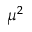
\mu ^ { 2 }